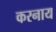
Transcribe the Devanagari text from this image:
करनाय